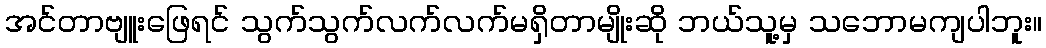
အင်တာဗျူးဖြေရင် သွက်သွက်လက်လက်မရှိတာမျိုးဆို ဘယ်သူ့မှ သဘောမကျပါဘူး။